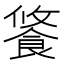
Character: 𩛢